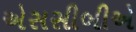
એસસીબીએ